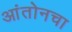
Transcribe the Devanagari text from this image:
आंतोनचा